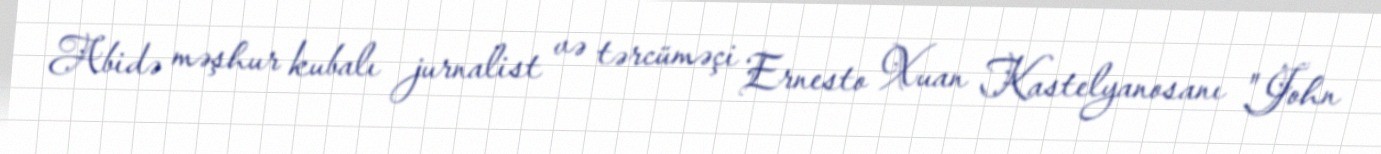
Abidə məşhur kubalı jurnalist və tərcüməçi Ernesto Xuan Kastelyanosanı "John